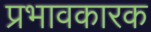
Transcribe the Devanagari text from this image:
प्रभावकारक